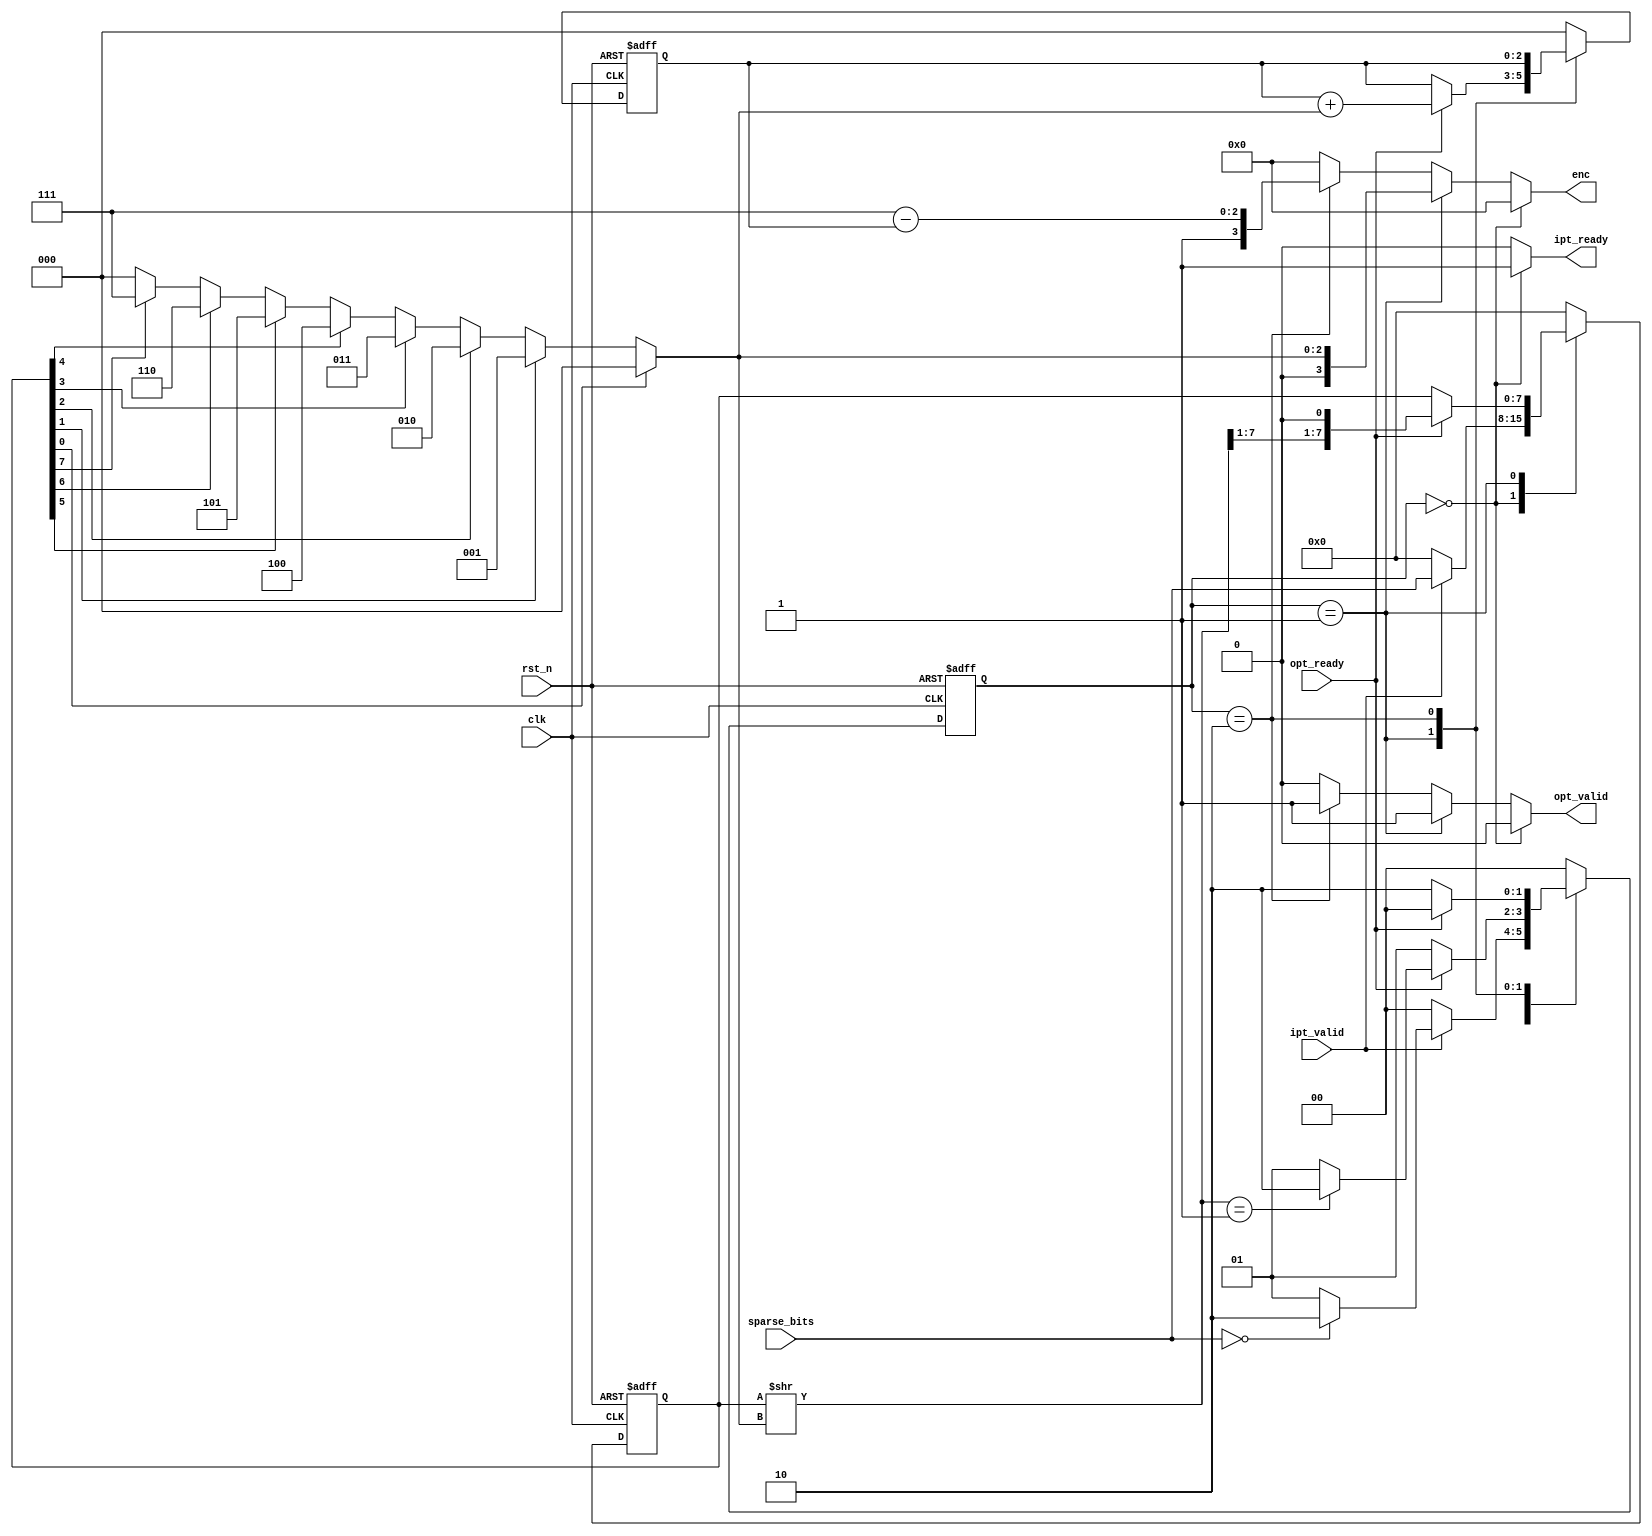
module idx_enc (
    input clk, rst_n,

    input ipt_valid,
    output reg [0:0] ipt_ready,
    input [7:0] sparse_bits,

    output reg [3:0] enc,
    output reg [0:0] opt_valid,
    input            opt_ready
);

localparam WAIT  = 'd0;
localparam ENC   = 'd1;
localparam ZERO = 'd2;       

reg [1:0] state;
reg [1:0] next_state;

reg [2:0] offset;
reg [7:0] data_tmp;
wire [7:0] data_shifted = data_tmp >> (offset);

always @(posedge clk, negedge rst_n) begin
    if (rst_n == 1'b0) begin
        state <= WAIT;
    end else begin
        state <= next_state;
    end
end


always@(*)begin
    case (state)
        WAIT:   if (ipt_valid)
                    if (sparse_bits == 8'd0)                next_state  <=  ZERO;
                    else                                    next_state  <=  ENC;
                else                                        next_state  <=  WAIT;
        ENC:    if (opt_ready)
                    if (data_shifted==8'b0000_0001)         next_state  <=  ZERO;
                    else                                    next_state  <=  ENC;
                else                                        next_state  <=  ENC;
        ZERO:   if (opt_ready)                              next_state  <=  WAIT;
                else                                        next_state  <=  ZERO;
        default:                                            next_state  <=  WAIT;
    endcase
end


always @(posedge clk, negedge rst_n) begin
    if (rst_n == 1'b0) begin
        data_tmp <= 0;
    end else begin
        case (state)
            WAIT:   if(ipt_valid)    
                        data_tmp    <=  sparse_bits;
                    else
                        data_tmp    <=  0;
            ENC:    if(opt_ready)
                        data_tmp    <=  {data_shifted[7:1], 1'b0};
                    else
                        data_tmp    <=  data_tmp;
            ZERO:       data_tmp    <=  0;
            default:    data_tmp    <=  0;
        endcase
    end
end

//case
// always @(*) begin
//     case (data_tmp)
//         8'bxxxx_xxx1: offset <= 3'd0;
//         8'bxxxx_xx10: offset <= 3'd1;
//         8'bxxxx_x100: offset <= 3'd2;
//         8'bxxxx_1000: offset <= 3'd3;
//         8'bxxx1_0000: offset <= 3'd4;
//         8'bxx10_0000: offset <= 3'd5;
//         8'bx100_0000: offset <= 3'd6;
//         8'b1000_0000: offset <= 3'd7;
//         default: offset <= 3'd0;
//     endcase
// end

always @* begin
    if (data_tmp[0]) offset = 3'b000;
    else if (data_tmp[1]) offset = 3'b001;
    else if (data_tmp[2]) offset = 3'b010;
    else if (data_tmp[3]) offset = 3'b011;
    else if (data_tmp[4]) offset = 3'b100;
    else if (data_tmp[5]) offset = 3'b101;
    else if (data_tmp[6]) offset = 3'b110;
    else if (data_tmp[7]) offset = 3'b111;
    else offset = 3'b000; // 
end

reg [2:0] cnt;
always @(posedge clk , negedge rst_n) begin
    if (rst_n == 1'b0) begin
        cnt <= 0;
    end else begin
        case (state)
            WAIT:                   cnt <= 0;
            ENC:    if(opt_ready)   cnt <= cnt + offset;
                    else            cnt <= cnt;
            ZERO:                   cnt <= cnt;
            default:                cnt <= 0;
        endcase 
        
    end
end

always@(*)begin
    if (state == WAIT) begin
        enc <= 0;
        opt_valid <= 1'b0;
        ipt_ready <= 1'b1;
    end else if (state == ENC) begin
        enc <= {1'b0, offset};
        opt_valid <= 1'b1;
        ipt_ready <= 1'b0;
    end else if (state == ZERO) begin
        enc <= {1'b1, 3'd7 - cnt};  //enc[3] = 1, end flag
        opt_valid <= 1'b1;
        ipt_ready <= 1'b0;
    end else begin
        enc <= 0;
        opt_valid <= 1'b0;
        ipt_ready <= 1'b0;
    end 
end

endmodule